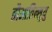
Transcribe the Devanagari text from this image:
तौआतिन्सुयु